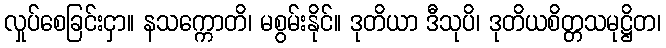
လှုပ်စေခြင်းငှာ။ နသက္ကောတိ၊ မစွမ်းနိုင်။ ဒုတိယာ ဒီသုပိ၊ ဒုတိယစိတ္တသမုဋ္ဌိတ၊